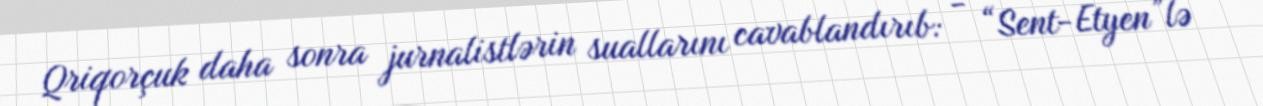
Qriqorçuk daha sonra jurnalistlərin suallarını cavablandırıb: - “Sent-Etyen”lə